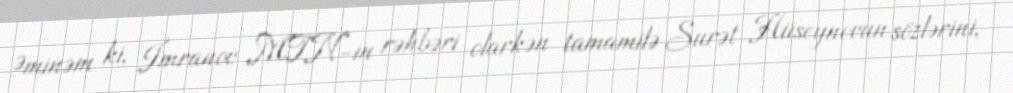
Əminəm ki, İmranov MTN-in rəhbəri olarkən tamamilə Surət Hüseynovun sözlərini,